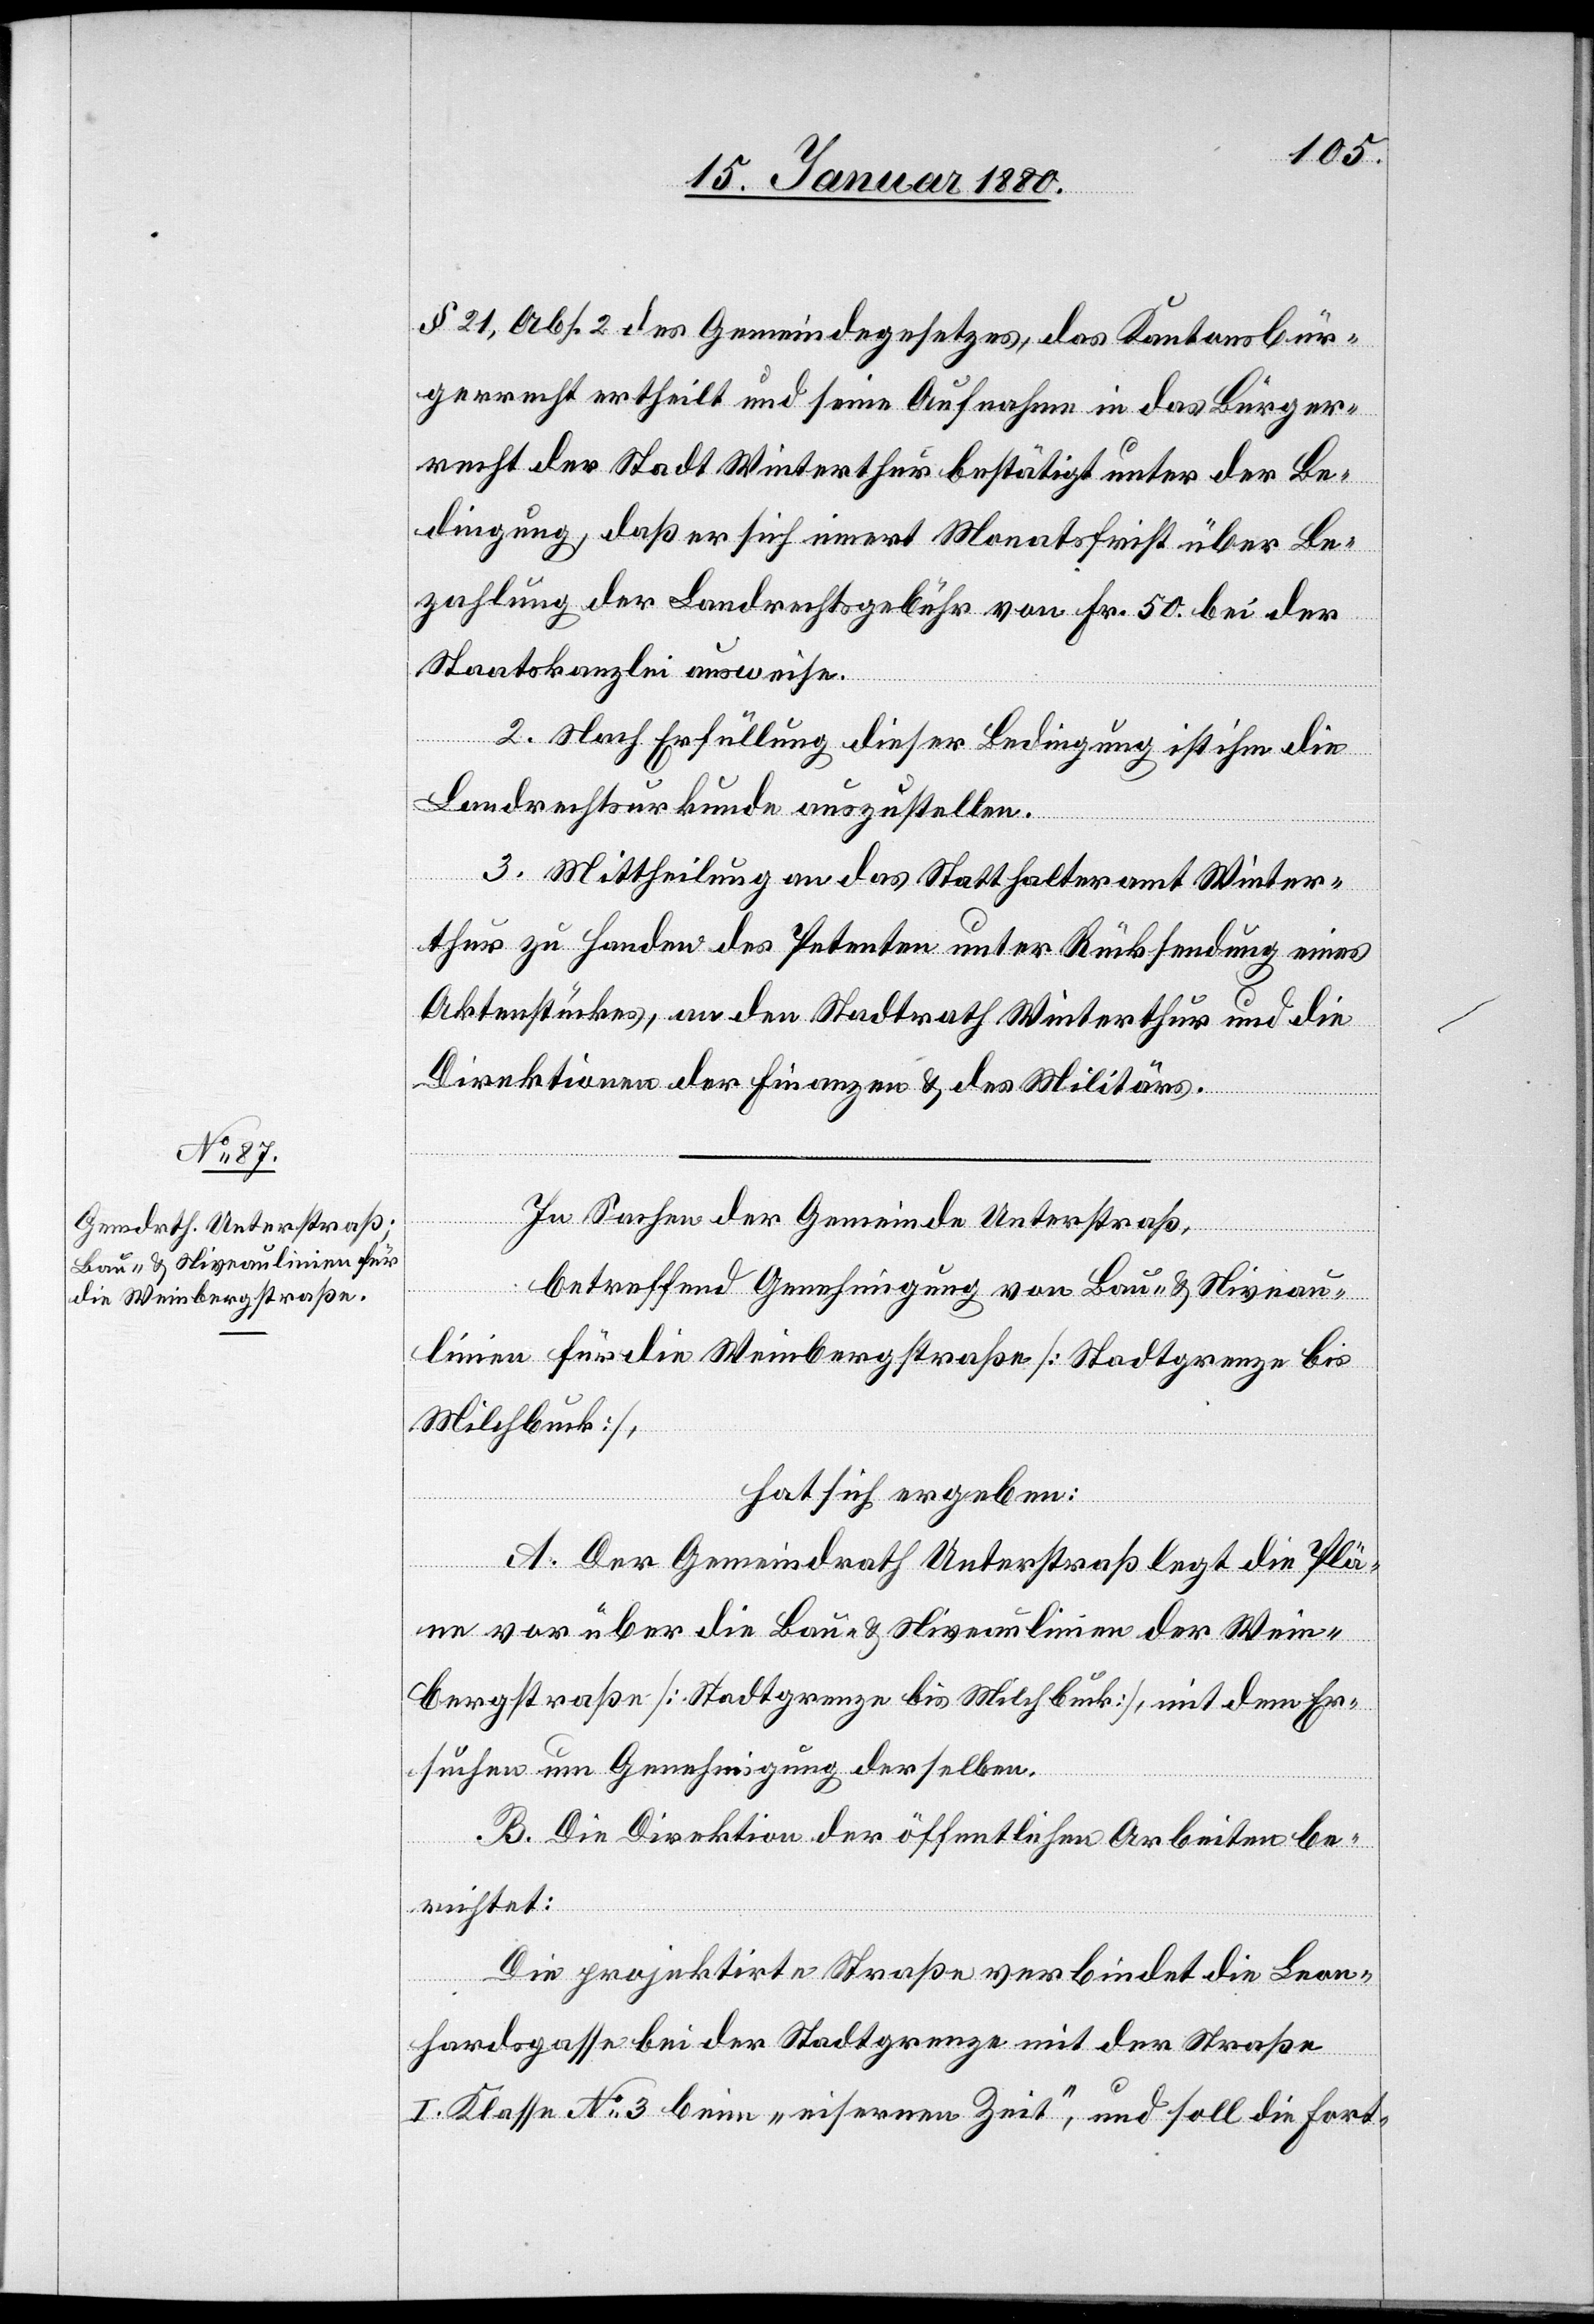
§ 21, Abs. 2 des Gemeindegesetzes, das Kantonsbür¬
gerrecht ertheilt und seine Aufnahme in das Bürger¬
recht der Stadt Winterthur bestätigt unter der Be¬
dingung, daß er sich innert Monatsfrist über Be¬
zahlung der Landrechtsgebühr von Fr. 50. bei der
Staatskanzlei ausweise.
2. Nach Erfüllung dieser Bedingung ist ihm die
Landrechtsurkunde auszustellen.
3. Mittheilung an das Statthalteramt Winter¬
thur zu Handen des Petenten unter Rücksendung eines
Aktenstückes, an den Stadtrath Winterthur und die
Direktionen der Finanzen & des Militärs.
In Sachen der Gemeinde Unterstraß,
betreffend Genehmigung von Bau- & Niveau¬
linien für die Weinbergstraße [Stadtgrenze bis
Milchbuck],
hat sich ergeben:
A. Der Gemeindrath Unterstraß legt die Plä¬
ne vor über die Bau- & Niveaulinien der Wein¬
bergstraße [Stadtgrenze bis Milchbuck], mit dem Er¬
suchen um Genehmigung derselben.
B. Die Direktion der öffentlichen Arbeiten be¬
richtet:
Die projektirte Straße verbindet die Leon¬
hardsgasse bei der Stadtgrenze mit der Straße
I. Klasse No 3 beim „eisernen Zeit“, und soll die Fort-